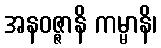
အနဝဇ္ဇာနိ ကမ္မာနိ၊